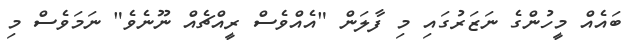
ބައެއް މީހުންގެ ނަޒަރުގައި މި ފާލަން "އެއްވެސް ރީއްޗެއް ނޫނެވެ" ނަމަވެސް މި